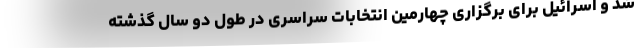
شد و اسرائیل برای برگزاری چهارمین انتخابات سراسری در طول دو سال گذشته